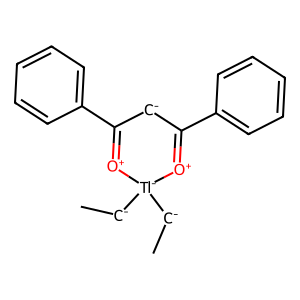
SMILES: C[CH-][Tl-]1([CH-]C)[O+]=C(c2ccccc2)[CH-]C(c2ccccc2)=[O+]1
Inhibits HIV replication: No